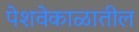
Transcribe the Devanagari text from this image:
पेशवेकाळातील